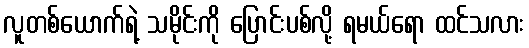
လူတစ်ယောက်ရဲ့ သမိုင်းကို ပြောင်းပစ်လို့ ရမယ်ရော ထင်သလား